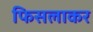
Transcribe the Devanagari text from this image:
फिसलाकर